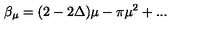
\beta _ { \mu } = ( 2 - 2 \Delta ) \mu - \pi \mu ^ { 2 } + . . .